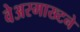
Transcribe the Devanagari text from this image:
वेअरमाख्टने